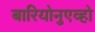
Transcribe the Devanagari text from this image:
बारियोनुएव्हो